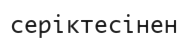
серіктесінен